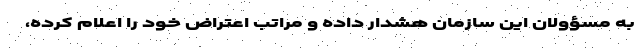
به مسؤولان این سازمان هشدار داده و مراتب اعتراض خود را اعلام کرده،